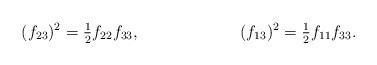
LaTeX: \begin{align*} &(f_{23})^2=\tfrac{1}{2}f_{22}f_{33}, &(f_{13})^2=\tfrac{1}{2}f_{11}f_{33}.\end{align*}